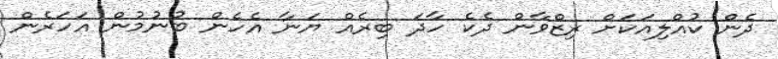
ދެން ކުއްލިއަކަށް ރިޒްވާން ދެކެ ހާދަ ބިރެއް ޔަނާ އެހެން ބުނުމުން އަހަރެން